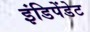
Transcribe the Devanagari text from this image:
इंडिपेंडेट